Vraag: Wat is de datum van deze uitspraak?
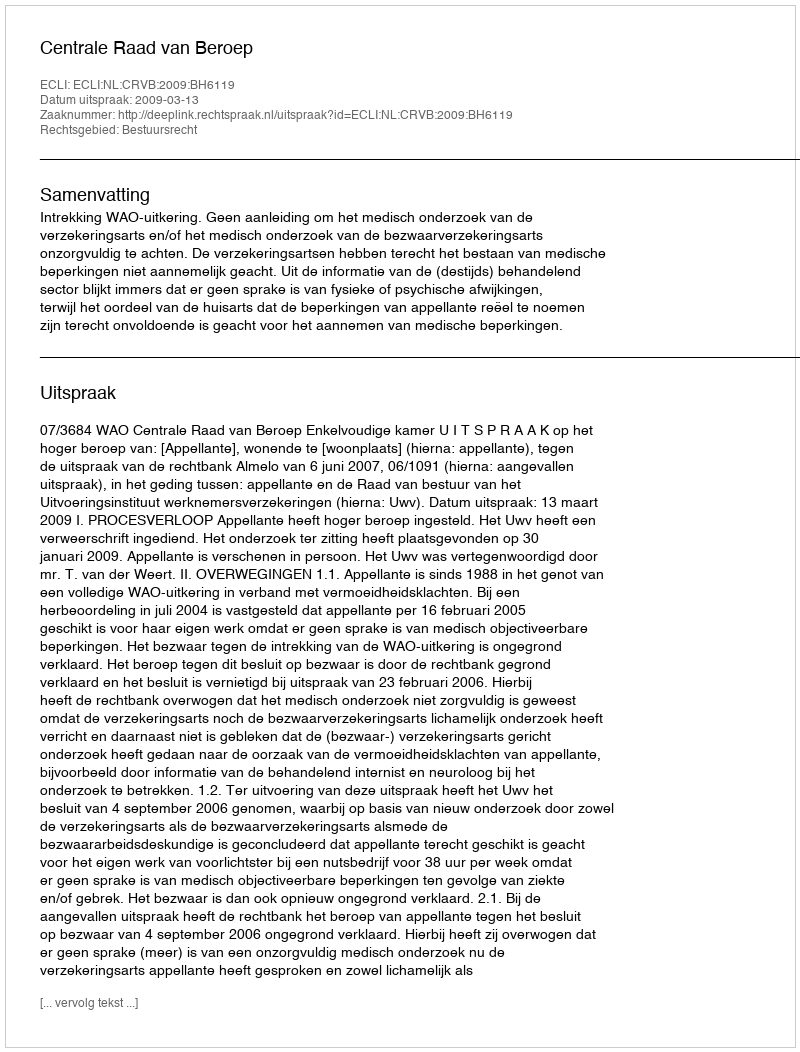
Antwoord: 2009-03-13